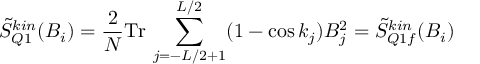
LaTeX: \tilde { S } _ { Q 1 } ^ { k i n } ( B _ { i } ) = \frac { 2 } { N } \mathrm { T r } \, \sum _ { j = - L / 2 + 1 } ^ { L / 2 } ( 1 - \cos k _ { j } ) B _ { j } ^ { 2 } = \tilde { S } _ { Q 1 f } ^ { k i n } ( B _ { i } )